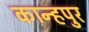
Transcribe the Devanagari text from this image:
कान्हपुर